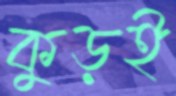
কুড়ই